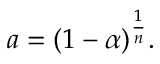
a = ( 1 - \alpha ) ^ { \frac { 1 } { n } } .